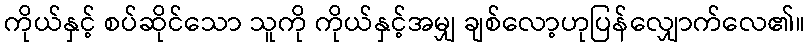
ကိုယ်နှင့် စပ်ဆိုင်သော သူကို ကိုယ်နှင့်အမျှ ချစ်လော့ဟုပြန်လျှောက်လေ၏။